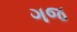
ગજ